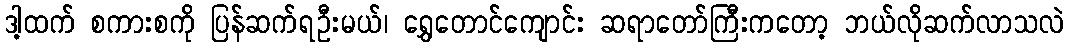
ဒါ့ထက် စကားစကို ပြန်ဆက်ရဦးမယ်၊ ရွှေတောင်ကျောင်း ဆရာတော်ကြီးကတော့ ဘယ်လိုဆက်လာသလဲ